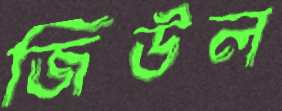
জিউল